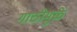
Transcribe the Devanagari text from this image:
गाठीमुळे